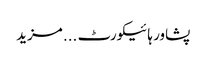
پشاور ہائیکورٹ ... مزید